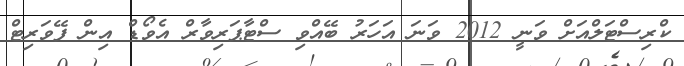
ކްރިސްޓަލްއަށް ވަނީ 2012 ވަނަ އަހަރު ބޭއްވި ސްޓާޕަރިވާރް އެވޯޑް އިން ފޭވަރިޓް